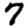
Digit: 7